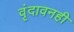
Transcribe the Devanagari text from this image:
वृंदावनही